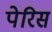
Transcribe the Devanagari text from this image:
पेरिस